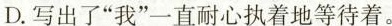
D.写出了”我”一直耐心执着地等待着。